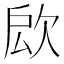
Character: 𣢵